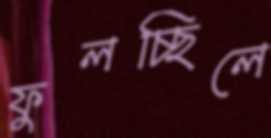
ফুলচ্ছিলে